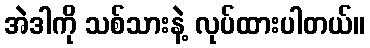
အဲဒါကို သစ်သားနဲ့ လုပ်ထားပါတယ်။